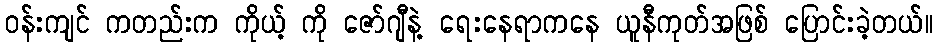
ဝန်းကျင် ကတည်းက ကိုယ့် ကို ဇော်ဂျီနဲ့ ရေးနေရာကနေ ယူနီကုတ်အဖြစ် ပြောင်းခဲ့တယ်။